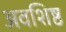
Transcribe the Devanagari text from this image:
अवशिष्ठ